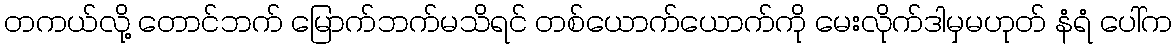
တကယ်လို့ တောင်ဘက် မြောက်ဘက်မသိရင် တစ်ယောက်ယောက်ကို မေးလိုက်ဒါမှမဟုတ် နံရံ ပေါ်က